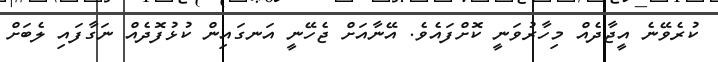
ކުރެވޭނެ އީޖާދެއް މިހާރުވަނީ ކޮށްފައެވެ. އޭނާއަށް ޖެހޭނީ އަނގައިން ކުޅުފޮދެއް ނަގާފައި ލެބަށް